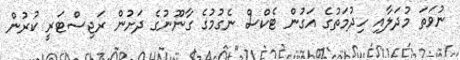
ނުވަތަ މުދަލާއި ހިދުމަތުގެ އަގުން ޓެކްސް ނެގުމުގެ ގާނޫނުގެ ދަށުން ރަޖިސްޓަރީ ކުރުން